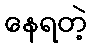
နေရတဲ့